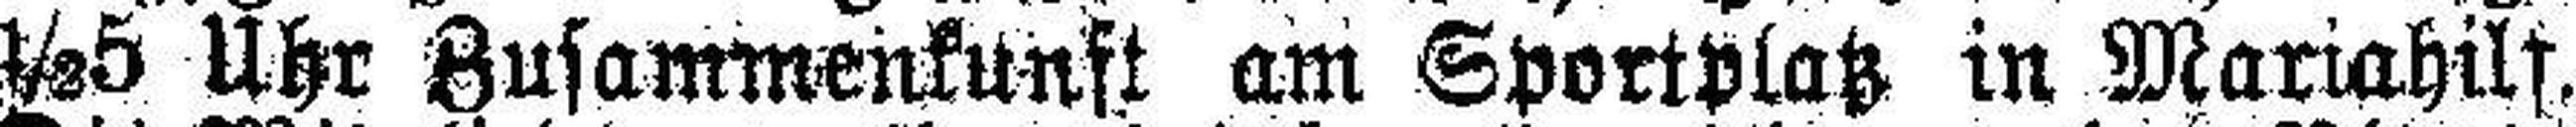
½5 Uhr Zusammenkunft am Sportplatz in Mariahilf.